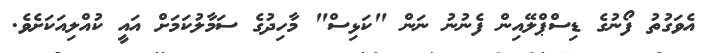
އެވަގުތު ފޯނުގެ ޑިސްޕްލޭއިން ފެނުނު ނަން "ކަޅިސް" މާހިދުގެ ސަމާލުކަމަށް އައީ ކުއްލިއަކަށެވެ.